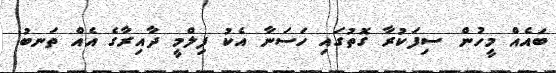
ބައެއް މީހުން ސިފަކުރާ ގޮތުގައި ހަސަނާ އެކު ފިލްމީ ދާއިރާގެ އެއް ތަނބު